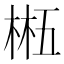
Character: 𬃂